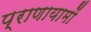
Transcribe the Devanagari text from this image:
प्राणायामों